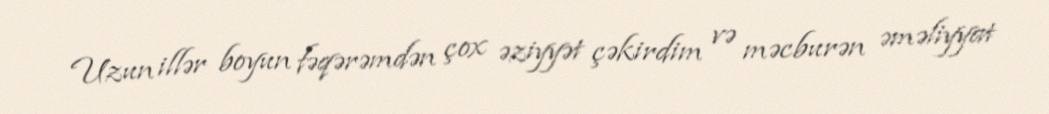
Uzun illər boyun fəqərəmdən çox əziyyət çəkirdim və məcburən əməliyyat